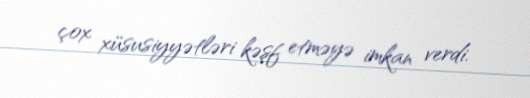
çox xüsusiyyətləri kəşf etməyə imkan verdi.